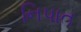
નિપાત